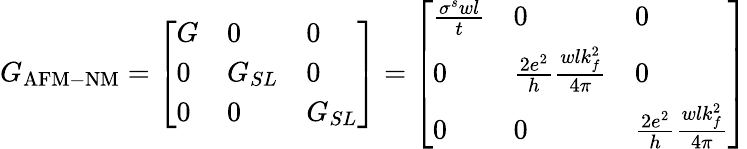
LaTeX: G_{\mathrm{AFM-NM}}=\left[\begin{array}{lll}{G}&{0}&{0}\\ {0}&{G_{SL}}&{0}\\ {0}&{0}&{G_{SL}}\end{array}\right]=\left[\begin{array}{lll}{\frac{\sigma^{s}wl}{t}}&{0}&{0}\\ {0}&{\frac{2e^{2}}{h}\frac{wlk_{f}^{2}}{4\pi}}&{0}\\ {0}&{0}&{\frac{2e^{2}}{h}\frac{wlk_{f}^{2}}{4\pi}}\end{array}\right]